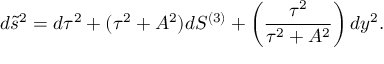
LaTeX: d \tilde { s } ^ { 2 } = d \tau ^ { 2 } + ( \tau ^ { 2 } + A ^ { 2 } ) d S ^ { ( 3 ) } + \left( { \frac { \tau ^ { 2 } } { \tau ^ { 2 } + A ^ { 2 } } } \right) d y ^ { 2 } .